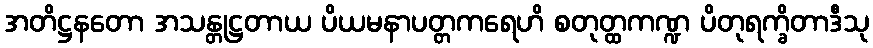
အတိဋ္ဌနတော အသန္တုဋ္ဌတာယ ပိယမနာပတ္တကရေဟိ စတုတ္ထကဏ္ဍ ပိတုရက္ခိတာဒီသု